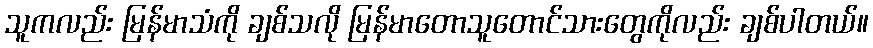
သူကလည်း မြန်မာသံကို ချစ်သလို မြန်မာတောသူတောင်သားတွေကိုလည်း ချစ်ပါတယ်။